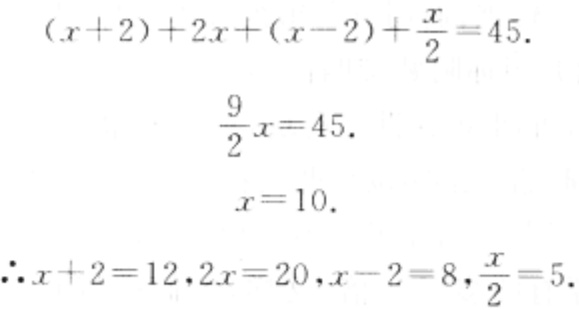
\((x + 2)+2x+(x - 2)+\frac{x}{2}=45.\)
\(\frac{9}{2}x = 45.\)
\(x = 10.\)
\(\therefore x + 2 = 12,2x = 20,x - 2 = 8,\frac{x}{2}=5.\)